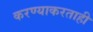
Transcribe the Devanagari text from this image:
करण्याकरताही